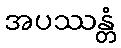
အပဿန္တံ